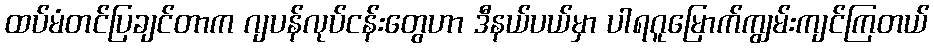
ထပ်မံတင်ပြချင်တာက ဂျပန်လုပ်ငန်းတွေဟာ ဒီနယ်ပယ်မှာ ပါရဂူမြောက်ကျွမ်းကျင်ကြတယ်